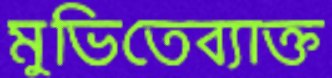
মুভিতেব্যাক্ত